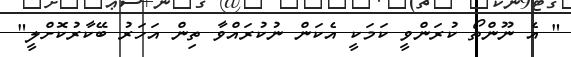
" އެ ނޫންތޯ ކުރަންވީ ކަމަކީ އެކަން ނުކުރައްވާ ތިން އަހަރު ބޭކާރުކޮށްލީ"